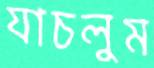
যাচলুম